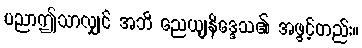
ပညာဤသာလျှင် အဘိ ညေယျနိဒ္ဒေသ၏ အဖွင့်တည်း။